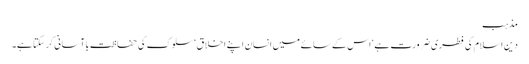
مذہب
دین اسلام کی فطری ضرورت ہے‘ اس کے سائے میں انسان اپنے اخلاق‘ سلوک کی حفاظت باآسانی کرسکتا ہے۔